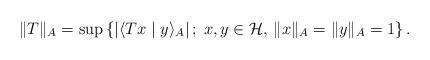
LaTeX: \begin{align*}\|T\|_A=\sup\left\{|\langle Tx\mid y\rangle_A|\,;\;x,y\in \mathcal{H},\,\|x\|_{A}=\|y\|_{A}= 1\right\}.\end{align*}